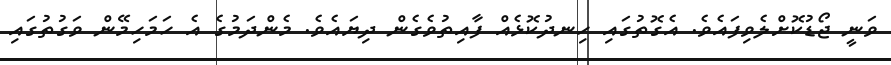
ވަނީ ޖޯޑުކޮށްލެވިފައެވެ. އެގޮތުގައި ހިނދުކޮޅެއް ފާއިތުވެގެން ދިޔައެވެ. މެންދަމުގެ އެ ހަމަހިމޭން ވަގުތުގައި